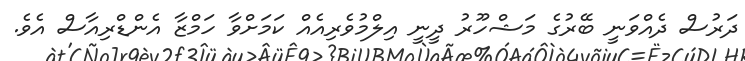
ދަރުސް ދެއްވަނީ ބޭރުގެ މަޝްހޫރު ދީނީ އިލްމުވެރިއެއް ކަމަށްވާ ހަމްޒާ އެންޑްރިއާސް އެވެ.